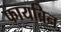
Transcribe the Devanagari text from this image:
फायब्रिन